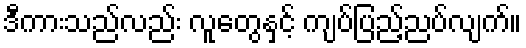
ဒီကားသည်လည်း လူတွေနှင့် ကျပ်ပြည့်ညပ်လျက်။